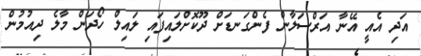
އަދި އެއީ އޭނާ އަރްސަލާން ފެންގަނޑަށް ދޫކޮށްލައިފައި ލައިލް ހޯދަން މާލެ ދިއުމުން